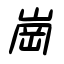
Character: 崗